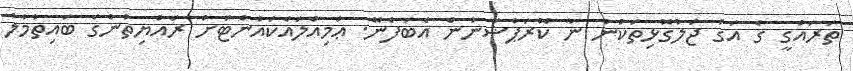
ތަރައްގީ ގެ އަގު ޖަލުގޮޅިތަކުން ނާ ކޮރަޕްޝަނުން އެބަފެނޭ. ޢަމިއްލައެކައުންޓަށް ރައްޔިތުންގެ ބައިތުމާލު